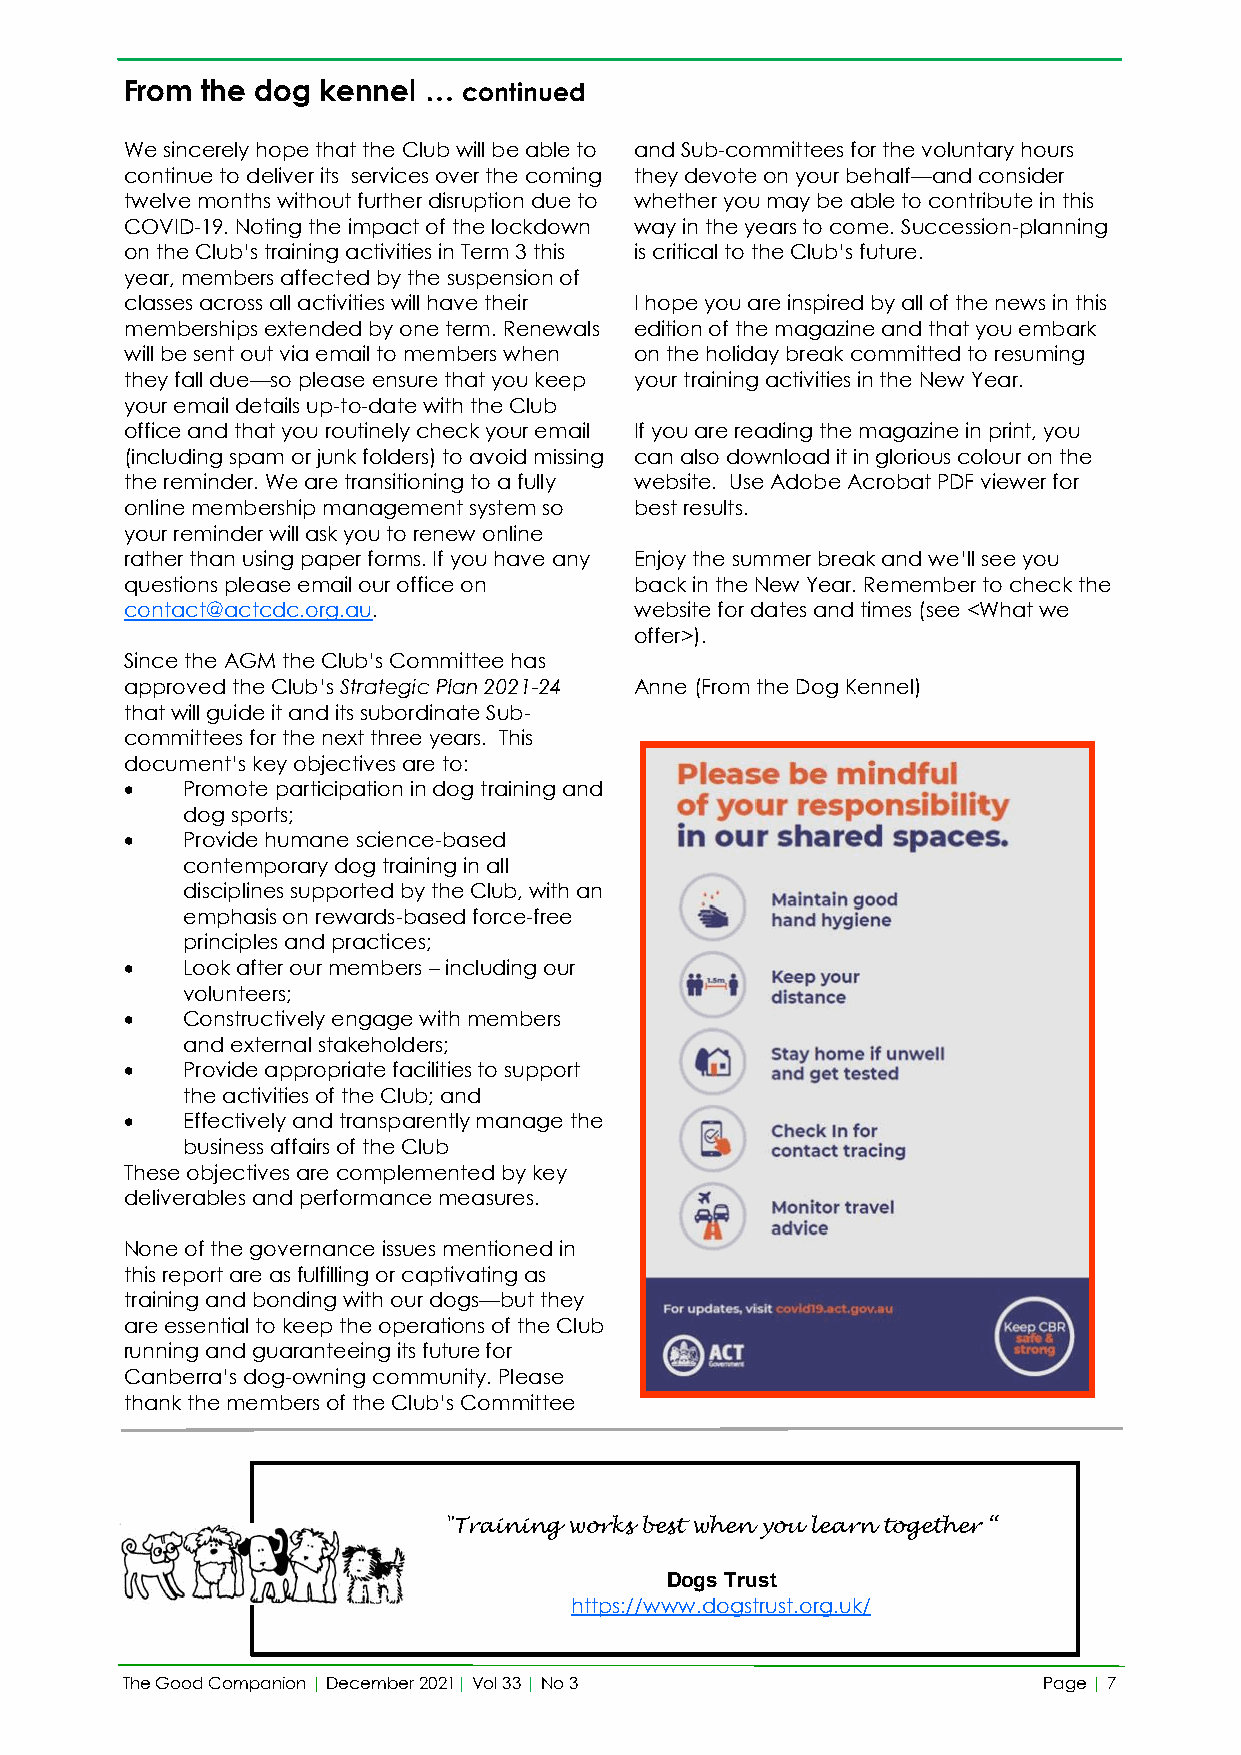
From the dog kennel …  continued
 We sincerely hope that the Club will be able to and Sub-committees for the voluntary hours
 continue to deliver its services over the coming they devote on your behalf—and consider
 twelve months without further disruption due to whether you may be able to contribute in this
 COVID-19. Noting the impact of the lockdown way in the years to come. Succession-planning
 on the Club’s training activities in Term 3 this is critical to the Club’s future.
 year, members affected by the suspension of
 classes across all activities will have their I hope you are inspired by all of the news in this
 memberships extended by one term. Renewals edition of the magazine and that you embark
 will be sent out via email to members when on the holiday break committed to resuming
 they fall due—so please ensure that you keep your training activities in the New Year.
 your email details up-to-date with the Club
 office and that you routinely check your email If you are reading the magazine in print, you
 (including spam or junk folders) to avoid missing can also download it in glorious colour on the
 the reminder. We are transitioning to a fully website. Use Adobe Acrobat PDF viewer for
 online membership management system so best results.
 your reminder will ask you to renew online
 rather than using paper forms. If you have any Enjoy the summer break and we’ll see you
 questions please email our office on back in the New Year. Remember to check the
 contact@actcdc.org.au.            website for dates and times (see <What we
 offer>).
 Since the AGM the Club’s Committee has
 approved the Club’s Strategic Plan 2021-24 Anne (From the Dog Kennel)
 that will guide it and its subordinate Sub-
 committees for the next three years. This
 document’s key objectives are to:
 •   Promote participation in dog training and
 dog sports;
 •   Provide humane science-based
 contemporary dog training in all
 disciplines supported by the Club, with an
 emphasis on rewards-based force-free
 principles and practices;
 •   Look after our members – including our
 volunteers;
 •   Constructively engage with members
 and external stakeholders;
 •   Provide appropriate facilities to support
 the activities of the Club; and
 •   Effectively and transparently manage the
 business affairs of the Club
 These objectives are complemented by key
 deliverables and performance measures.
 None of the governance issues mentioned in
 this report are as fulfilling or captivating as
 training and bonding with our dogs—but they
 are essential to keep the operations of the Club
 running and guaranteeing its future for
 Canberra’s dog-owning community. Please
 thank the members of the Club’s Committee
 "Training works best when you learn together “
 Dogs Trust
 https://www.dogstrust.org.uk/
 The Good Companion | December 2021| Vol 33 | No 3            Page | 7